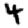
Digit: 4